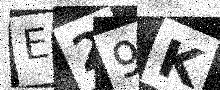
Text: E29K